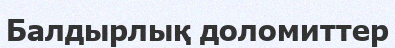
Балдырлық доломиттер